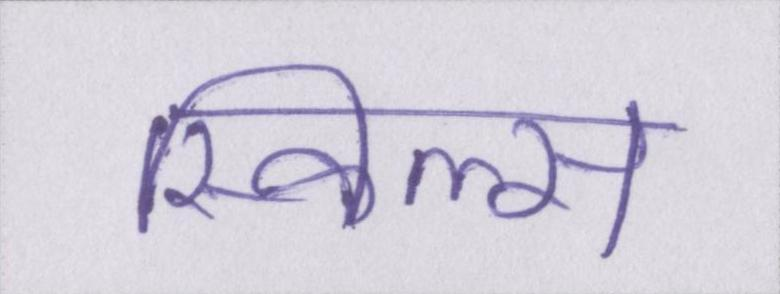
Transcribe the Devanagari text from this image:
स्किल्स